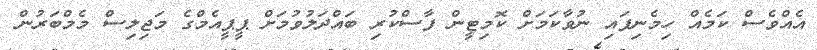
އެއްވެސް ކަމެއް ހިމެނިފައި ނުވާކަމަށް ކޮމިޓީން ފާސްކުރި ބައްދަލުވުމަށް ޕީޕީއެމްގެ މަޖިލިސް މެމްބަރުން